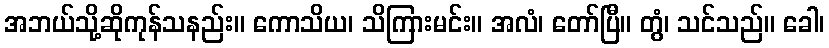
အဘယ်သို့ဆိုကုန်သနည်း။ ကောသိယ၊ သိကြားမင်း။ အလံ၊ တော်ပြီ။ တွံ၊ သင်သည်။ ခေါ၊